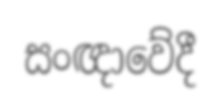
සංඥාවේදී